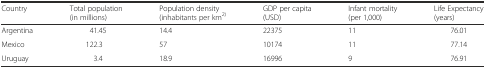
| Country | Total population (in millions) | Population density (inhabitants per km2) | GDP per capita (USD) | Infant mortality (per 1,000) | Life Expectancy (years) |
 | --- | --- | --- | --- | --- | --- |
 | Argentina | 41.45 | 14.4 | 22375 | 11 | 76.01 |
 | Mexico | 122.3 | 57 | 10174 | 11 | 77.14 |
 | Uruguay | 3.4 | 18.9 | 16996 | 9 | 76.91 |